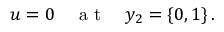
\begin{array} { r } { u = 0 \quad \mathrm { ~ a ~ t ~ } \quad y _ { 2 } = \{ 0 , 1 \} \, . } \end{array}